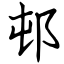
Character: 邨